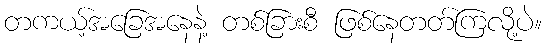
တကယ့်အခြေအနေနဲ့ တစ်ခြားစီ ဖြစ်နေတတ်ကြလို့ပဲ။